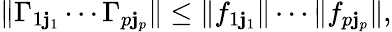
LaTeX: \| \Gamma_{1\mathbf{j}_{1}}\cdots\Gamma_{p\mathbf{j}_{p}}\| \le\| f_{1\mathbf{j}_{1}}\| \cdots\| f_{p\mathbf{j}_{p}}\| ,